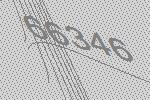
66346